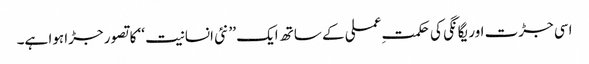
اسی جڑت اور یگانگی کی حکمتِ عملی کے ساتھ ایک ’’ نئی انسانیت ‘‘ کا تصور جڑا ہوا ہے۔